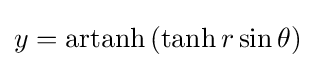
y=\operatorname {artanh} \,(\tanh r\sin \theta )